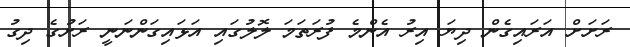
ރަށަށް އަރައިގެން ދިޔަ އިރު އެންމެ ފުރަތަމަ ލޮލުގައި އަޅައިގަންނަނީ ރަށުގެ ދިގު